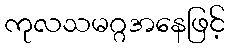
ကုလသမဂ္ဂအနေဖြင့်